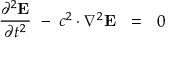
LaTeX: { \frac { \partial ^ { 2 } \mathbf { E } } { \partial t ^ { 2 } } } \ - \ c ^ { 2 } \cdot \nabla ^ { 2 } \mathbf { E } \ \ = \ \ 0